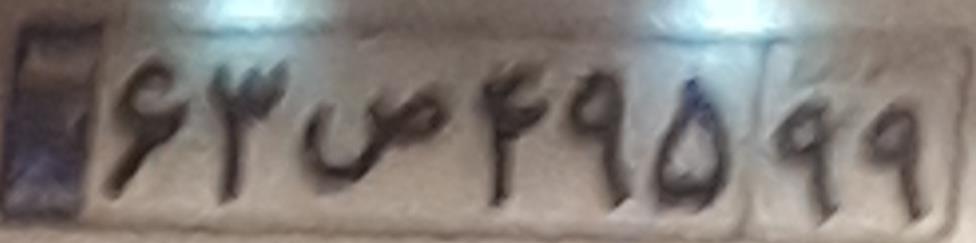
۶۳ص۴۹۵۹۹